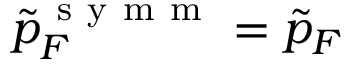
\tilde { p } _ { F } ^ { \mathrm { ~ s ~ y ~ m ~ m ~ } } = \tilde { p } _ { F }